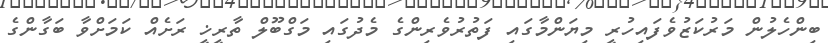
ބިންހެލުން މަރުކަޒުވެފައިހުރީ މިޔަންމާގައި ފަތުރުވެރިންގެ މެދުގައި މަގްބޫލް ތާރީޚީ ރަށެއް ކަމަށްވާ ބަގާންގެ